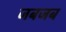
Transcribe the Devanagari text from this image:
जबजब